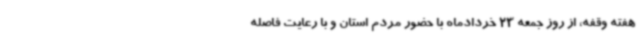
هفته وقفه، از روز جمعه 23 خردادماه با حضور مردم استان و با رعایت فاصله